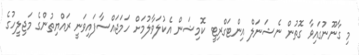
މި ގާނޫނުގައިވާ ގޮތުން ނެޝަނަލް އިންޓަގްރިޓީ ކޮމިޝަން އެކުލަވާލުމަށް ހަމަޖައްސާފައިވަނީ ރައްޔިތުންގެ މަޖިލީހުގެ